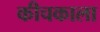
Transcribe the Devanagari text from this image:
कीचकाला